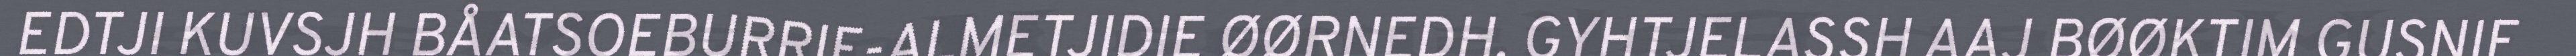
EDTJI KUVSJH BÅATSOEBURRIE-ALMETJIDIE ØØRNEDH. GYHTJELASSH AAJ BØØKTIM GUSNIE